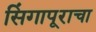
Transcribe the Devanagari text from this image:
सिंगापूराचा